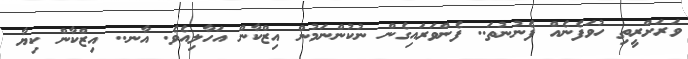
ވަރަށްރީތި ހުވަފެނެއް ފެނުނުތަ.. ފެންވަރައިގެން ނުކުންނަމުން އިޒްކާން އަހާލިއެވެ. އާނ.. އިޒްކާން ކިޔާ